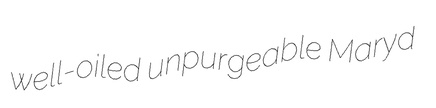
well-oiled unpurgeable Maryd